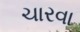
ચારવા